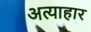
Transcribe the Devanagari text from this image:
अत्याहार